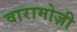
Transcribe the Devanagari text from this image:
वारामोज़ी